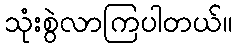
သုံးစွဲလာကြပါတယ်။